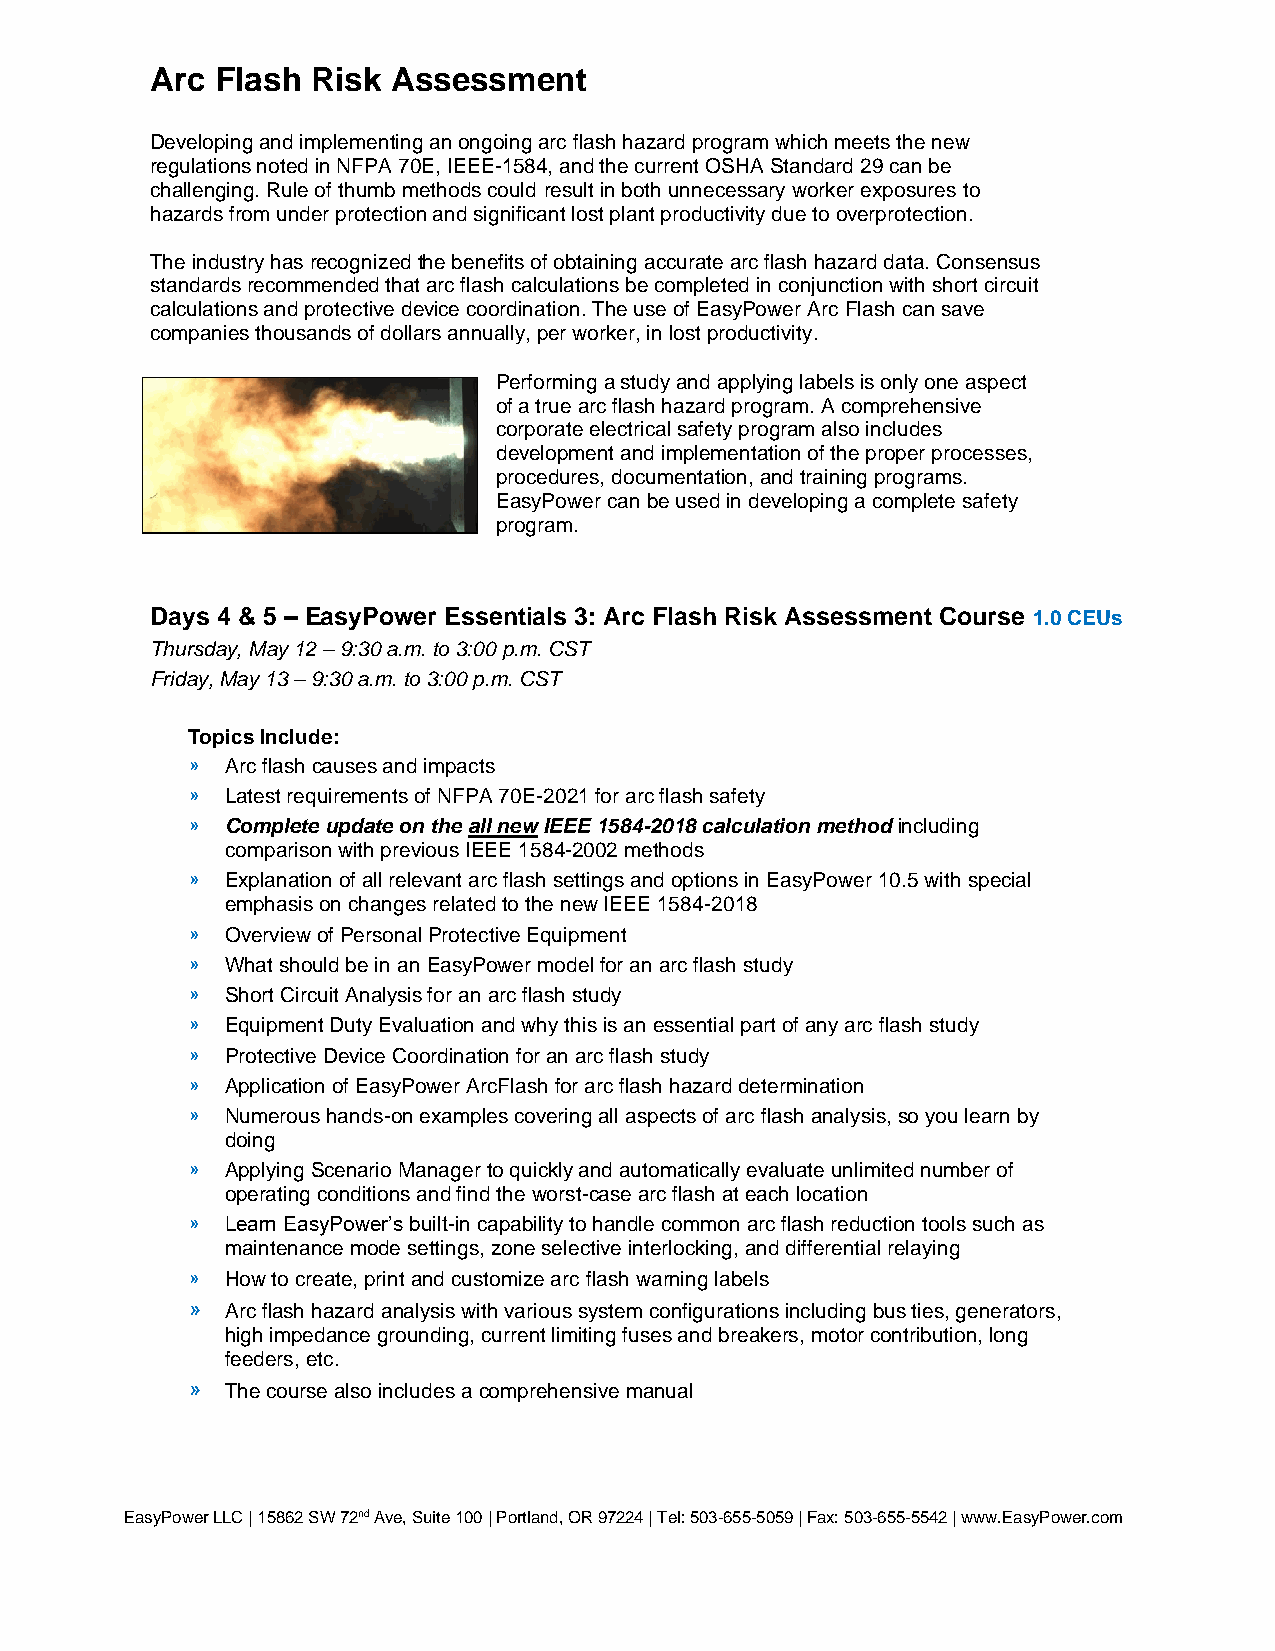
Arc Flash  Risk Assessment
 Developing and implementing an ongoing arc flash hazard program which meets the new
 regulations noted in NFPA 70E, IEEE-1584, and the current OSHA Standard 29 can be
 challenging. Rule of thumb methods could result in both unnecessary worker exposures to
 hazards from under protection and significant lost plant productivity due to overprotection.
 The industry has recognized the benefits of obtaining accurate arc flash hazard data. Consensus
 standards recommended that arc flash calculations be completed in conjunction with short circuit
 calculations and protective device coordination. The use of EasyPower Arc Flash can save
 companies thousands of dollars annually, per worker, in lost productivity.
 Performing a study and applying labels is only one aspect
 of a true arc flash hazard program. A comprehensive
 corporate electrical safety program also includes
 development and implementation of the proper processes,
 procedures, documentation, and training programs.
 EasyPower can be used in developing a complete safety
 program.
 Days 4 & 5 – EasyPower Essentials 3: Arc Flash Risk Assessment Course 1.0 CEUs
 Thursday, May 12 – 9:30 a.m. to 3:00 p.m. CST
 Friday, May 13 – 9:30 a.m. to 3:00 p.m. CST
 Topics Include:
 »  Arc flash causes and impacts
 »  Latest requirements of NFPA 70E-2021 for arc flash safety
 »  Complete update on the all new IEEE 1584-2018 calculation method including
 comparison with previous IEEE 1584-2002 methods
 »  Explanation of all relevant arc flash settings and options in EasyPower 10.5 with special
 emphasis on changes related to the new IEEE 1584-2018
 »  Overview of Personal Protective Equipment
 »  What should be in an EasyPower model for an arc flash study
 »  Short Circuit Analysis for an arc flash study
 »  Equipment Duty Evaluation and why this is an essential part of any arc flash study
 »  Protective Device Coordination for an arc flash study
 »  Application of EasyPower ArcFlash for arc flash hazard determination
 »  Numerous hands-on examples covering all aspects of arc flash analysis, so you learn by
 doing
 »  Applying Scenario Manager to quickly and automatically evaluate unlimited number of
 operating conditions and find the worst-case arc flash at each location
 »  Learn EasyPower’s built-in capability to handle common arc flash reduction tools such as
 maintenance mode settings, zone selective interlocking, and differential relaying
 »  How to create, print and customize arc flash warning labels
 »  Arc flash hazard analysis with various system configurations including bus ties, generators,
 high impedance grounding, current limiting fuses and breakers, motor contribution, long
 feeders, etc.
 »  The course also includes a comprehensive manual
 EasyPower LLC | 15862 SW 72nd Ave, Suite 100 | Portland, OR 97224 | Tel: 503-655-5059 | Fax: 503-655-5542 | www.EasyPower.com